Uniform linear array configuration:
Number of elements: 24
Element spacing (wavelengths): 1
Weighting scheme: hamming
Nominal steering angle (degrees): -45
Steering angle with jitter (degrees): -44.844
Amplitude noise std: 0.05
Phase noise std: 0.05

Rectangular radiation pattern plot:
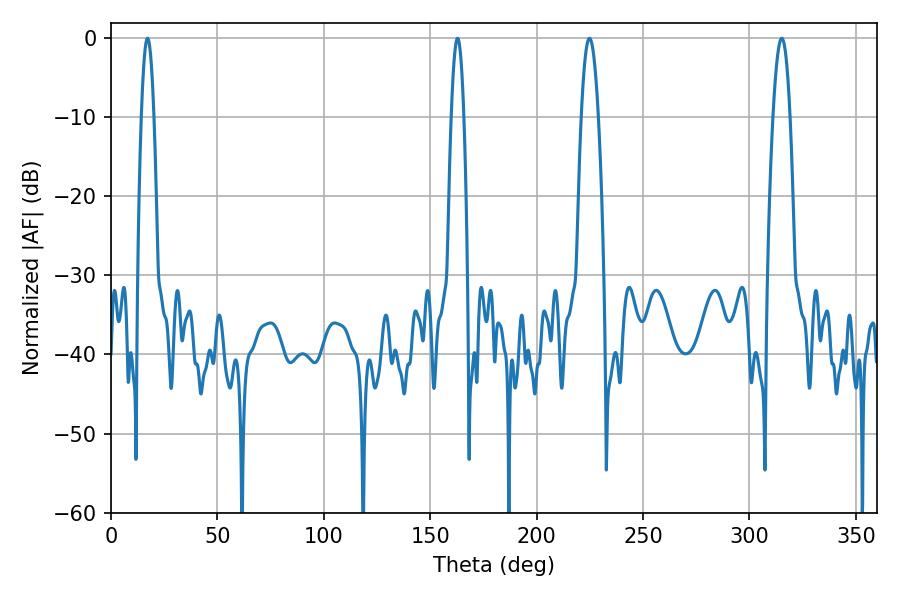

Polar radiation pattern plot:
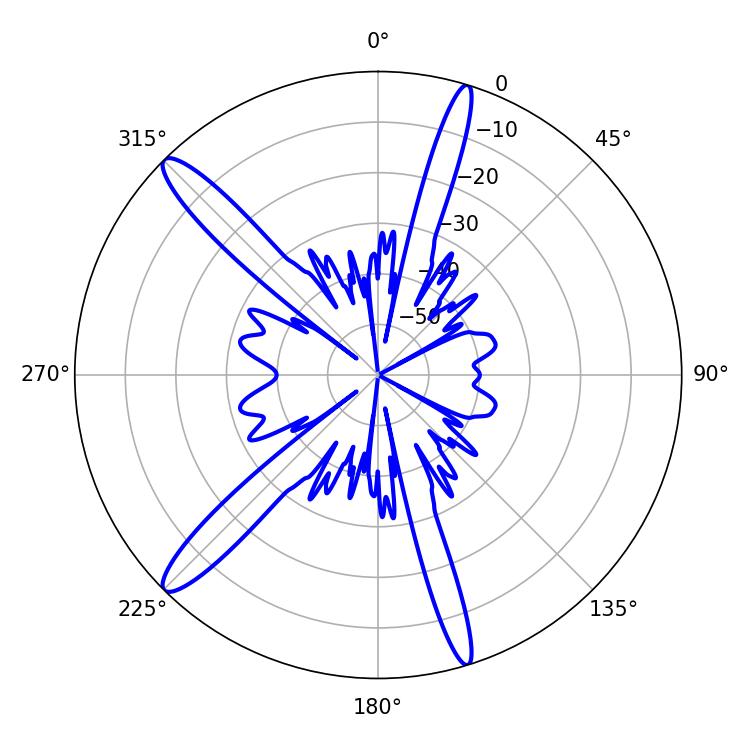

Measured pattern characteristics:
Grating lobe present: TRUE
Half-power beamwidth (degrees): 4.32
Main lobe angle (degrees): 224.82